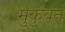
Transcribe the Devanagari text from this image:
मुकुवन